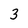
Character: 3